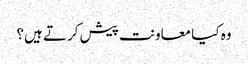
وہ کیا معاونت پیش کرتے ہیں؟